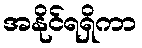
အနိုင်ရရှိကာ